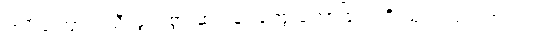
ကျိုးကြောင်းညီညွတ်စွာ ဆင်ခြင်တွေးတောခြင်းကို ယုံကြည်ပါတယ်။